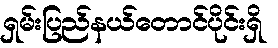
ရှမ်းပြည်နယ်တောင်ပိုင်းရှိ